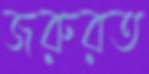
জরুরত